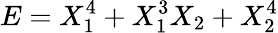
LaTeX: E=X_{1}^{4}+X_{1}^{3}X_{2}+X_{2}^{4}